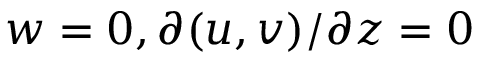
w = 0 , \partial ( u , v ) / \partial z = 0